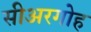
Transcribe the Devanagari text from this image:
सीअरगोह